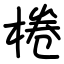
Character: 棬